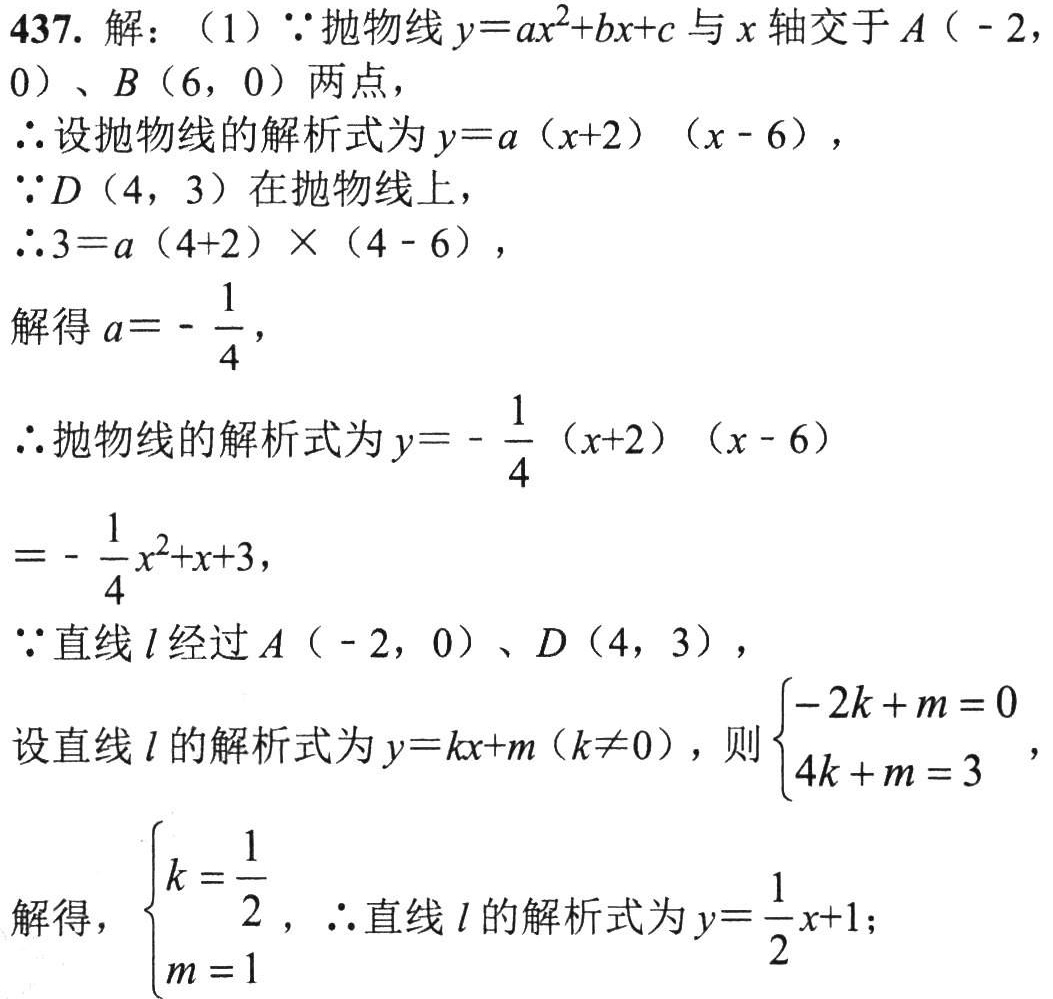
437. 解：（1）\(\because\)抛物线\(y = ax^{2}+bx + c\)与\(x\)轴交于\(A(-2,0)\)、\(B(6,0)\)两点，
\(\therefore\)设抛物线的解析式为\(y = a(x + 2)(x - 6)\)，
\(\because D(4,3)\)在抛物线上，
\(\therefore 3=a(4 + 2)\times(4 - 6)\)，
解得\(a=-\frac{1}{4}\)，
\(\therefore\)抛物线的解析式为\(y = -\frac{1}{4}(x + 2)(x - 6)\)
\(=-\frac{1}{4}x^{2}+x + 3\)，
\(\because\)直线\(l\)经过\(A(-2,0)\)、\(D(4,3)\)，
设直线\(l\)的解析式为\(y = kx + m(k\neq0)\)，则\(\begin{cases}-2k + m = 0\\4k + m = 3\end{cases}\)，
解得，\(\begin{cases}k=\frac{1}{2}\\m = 1\end{cases}\)，\(\therefore\)直线\(l\)的解析式为\(y=\frac{1}{2}x + 1\)；